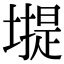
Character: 𡐾